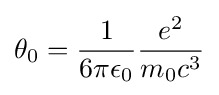
\theta _{0}={\frac {1}{6\pi \epsilon _{0}}}{\frac {e^{2}}{m_{0}c^{3}}}